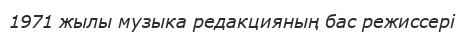
1971 жылы музыка редакцияның бас режиссері